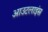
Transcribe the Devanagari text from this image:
आउटलाइंस